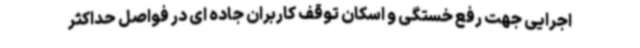
اجرایی جهت رفع خستگی و اسکان توقف کاربران جاده ای در فواصل حداکثر